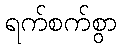
ရက်စက်စွာ